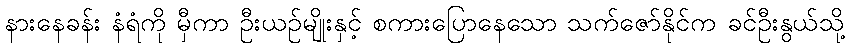
နားနေခန်း နံရံကို မှီကာ ဦးယဉ်မျိုးနှင့် စကားပြောနေသော သက်ဇော်နိုင်က ခင်ဦးနွယ်သို့